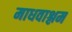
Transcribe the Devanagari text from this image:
माधवाश्लम